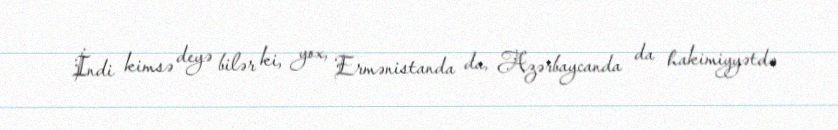
İndi kimsə deyə bilər ki, yox, Ermənistanda da, Azərbaycanda da hakimiyyətdə